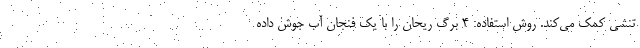
تنشی کمک می‌کند. روش استفاده: ۴ برگ ریحان را با یک فنجان آب جوش داده